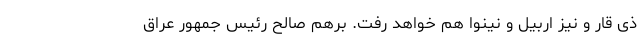
ذی قار و نیز اربیل و نینوا هم خواهد رفت. برهم صالح رئیس جمهور عراق